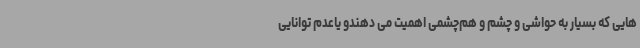
هایی که بسیار به حواشی و چشم و هم‌چشمی اهمیت می دهندو یاعدم توانایی